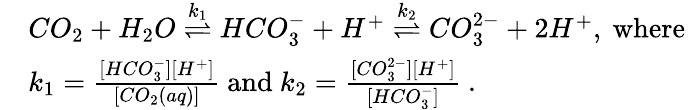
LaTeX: \begin{array}{rl}&{CO_{2}+H_{2}O\overset{k_{1}}{\rightleftharpoons}HCO_{3}^{-}+H^{+}\overset{k_{2}}{\rightleftharpoons}CO_{3}^{2-}+2H^{+},\mathrm{~where~}}\\ &{k_{1}=\frac{[HCO_{3}^{-}][H^{+}]}{[CO_{2}(aq)]}\mathrm{~and~}k_{2}=\frac{[CO_{3}^{2-}][H^{+}]}{[HCO_{3}^{-}]}\mathrm{~.}}\end{array}